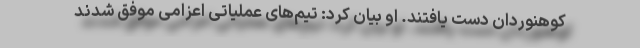
کوهنوردان دست یافتند. او بیان کرد: تیم‌های عملیاتی اعزامی موفق شدند